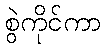
စွဲကိုင်ကာ